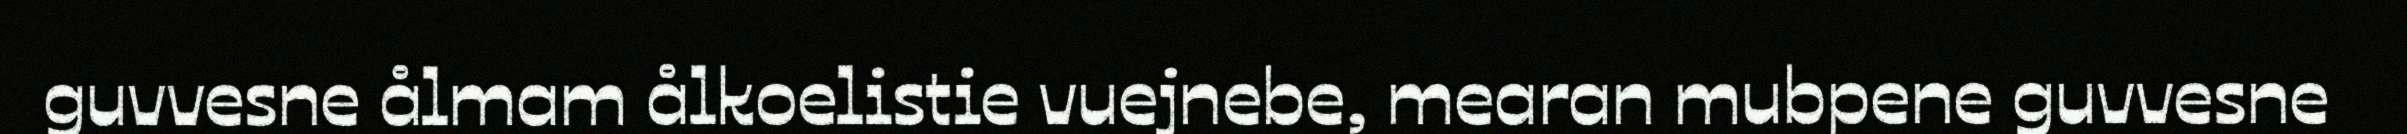
guvvesne ålmam ålkoelistie vuejnebe, mearan mubpene guvvesne